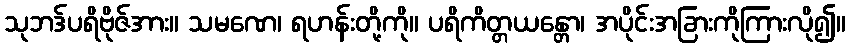
သုဘဒ်ပရိဗိုဇ်အား။ သမဏေ၊ ရဟန်းတို့ကို။ ပရိကိတ္တယန္တော၊ အပိုင်းအခြားကိုကြားလို၍။